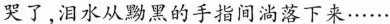
哭了.泪水从黝黑的手指间淌落下来……